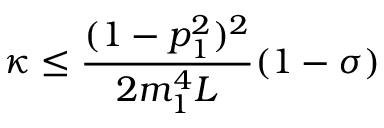
\kappa \leq \frac { ( 1 - p _ { 1 } ^ { 2 } ) ^ { 2 } } { 2 m _ { 1 } ^ { 4 } L } ( 1 - \sigma )